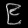
Digit: ၉